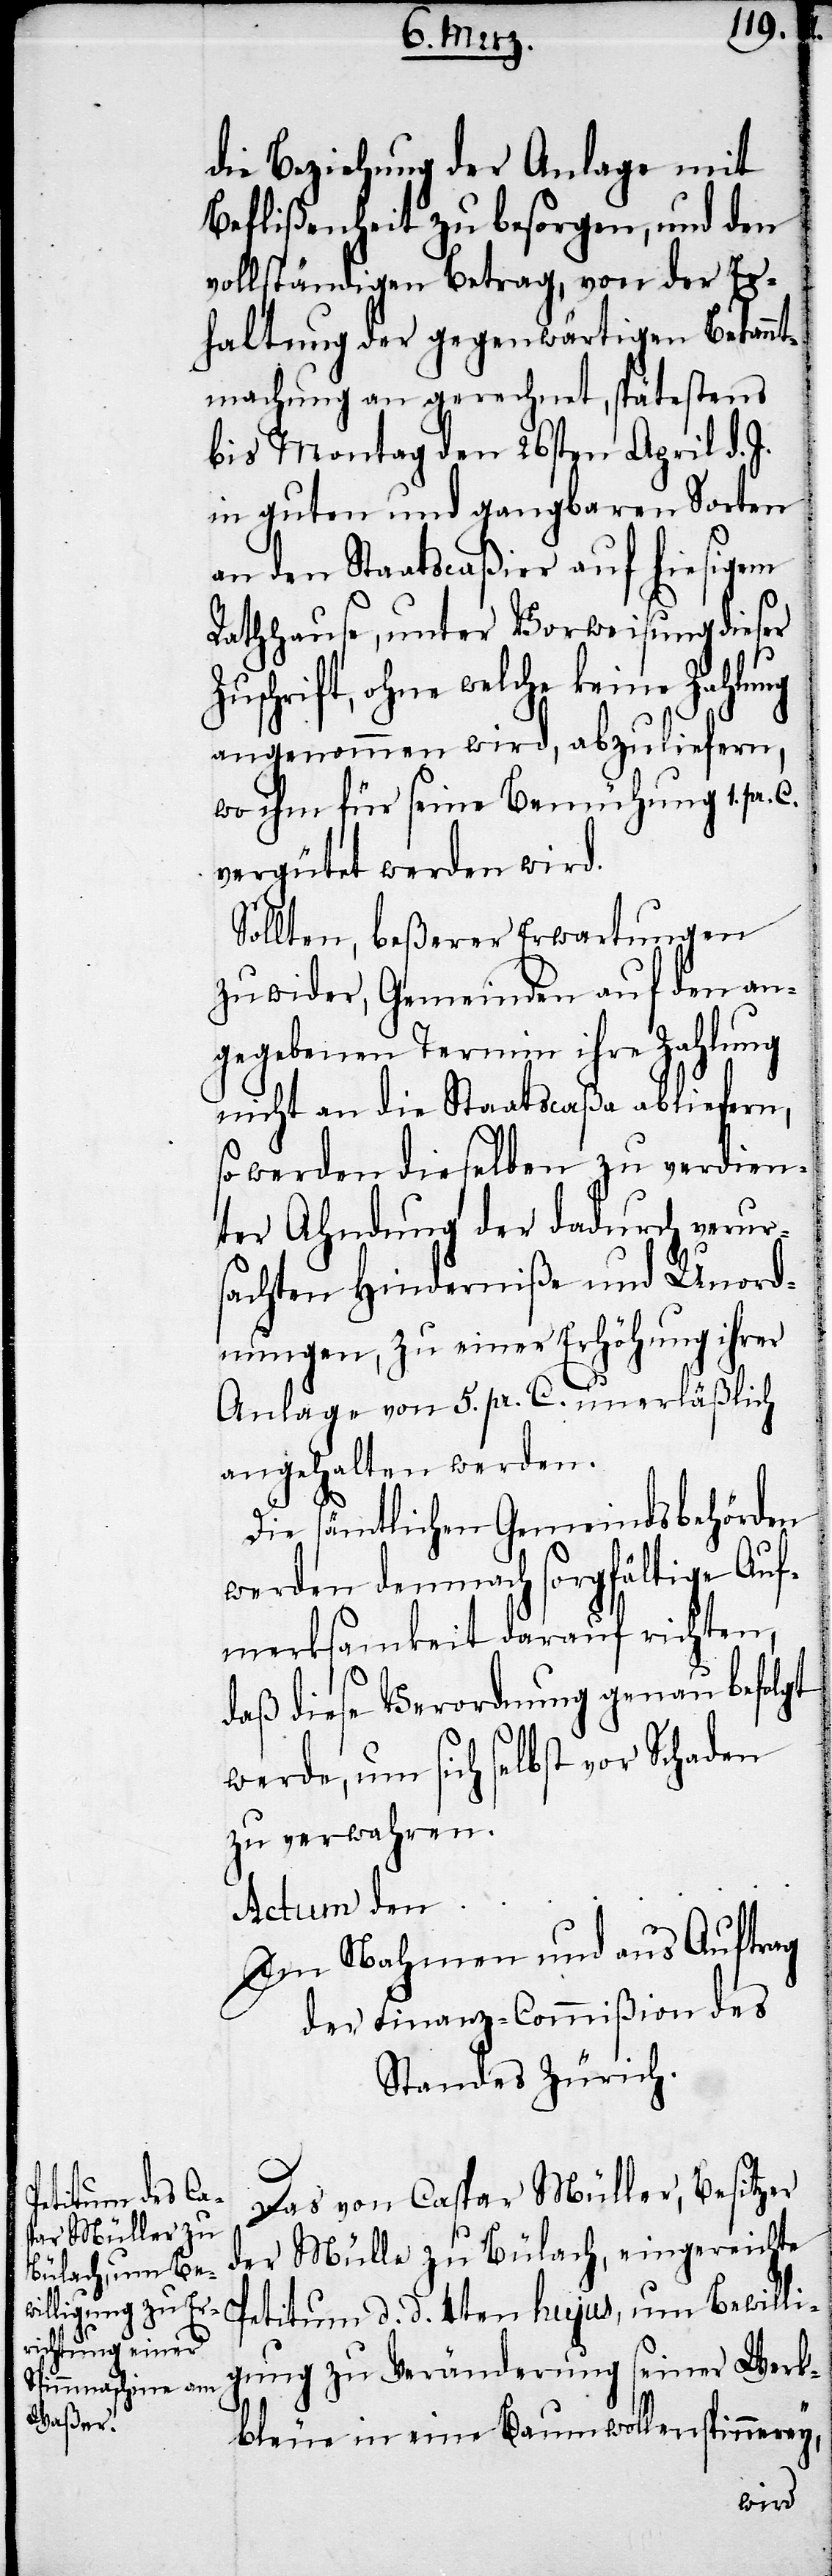
die Beziehung der Anlage mit
Beflißenheit zu besorgen, und den
vollständigen Betrag, von der Er¬
haltung der gegenwärtigen Bekannt¬
machung an gerechnet, spätestens
bis Montag den 26sten April d. J.
in guten und gangbaren Sorten
an den Staatscaßier auf hiesigem
Rathhause, unter Vorweisung dieser
Zuschrift, ohne welche keine Zahlung
angenommen wird, abzuliefern,
wo ihm für seine Bemühung 1. pr.
vergütet werden wird.
Sollten, beßerer Erwartungen
zuwider, Gemeinden auf den an¬
gegebenen Termin ihre Zahlung
nicht an die Staatscaßa abliefern,
so werden dieselben zu verdien¬
ter Ahndung der dadurch verurs¬
achten Hinderniße und Unord¬
nungen, zu einer Erhöhung ihrer
Anlage von 5. pr. C. unerläßlich
angehalten werden.
Die sämtlichen Gemeindsbehörden
werden demnach sorgfältige Auf¬
merksamkeit darauf richten,
daß diese Verordnung genau befolgt
werde, um sich selbst vor Schaden
zu verwahren.
Actum den
Im Nahmen und aus Auftrag
der Finanz-Commißion des
Standes Zürich.
Das von Caspar Müller, Besitzer
der Mülle zu Bülach, eingereichte
Petitum d. d. 4ten hujus, um Bewilli¬
gung zu Veränderung seiner Werk¬
bleue in eine Baumwollenspinnerey,